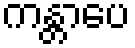
ကန္တာပေ